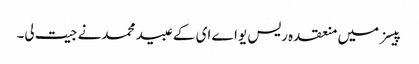
پیسز میں منعقدہ ریس یواے ای کے عبید محمدنے جیت لی۔